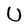
Character: U